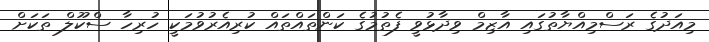
މިއަދުގެ ރަސްމިއްޔާތުގައި އާޒިމް ވިދާޅުވީ ފެތުމުގެ ކަންތައްތައް ކުރިއެރުވުމަކީ ހުރިހާ ސްކޫލް ތަކަށް